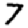
Digit: 7